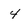
Character: 4